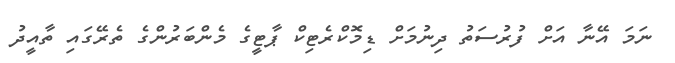
ނަމަ އޭނާ އަށް ފުރުސަތު ދިނުމަށް ޑިމޮކްރެޓިކް ޕާޓީގެ މެންބަރުންގެ ތެރޭގައި ތާއީދު